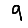
Digit: 9